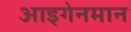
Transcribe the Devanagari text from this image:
आइगेनमान